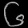
Digit: ၆